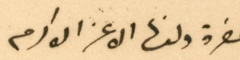
حضرة ولدنا الاغر الاكرم